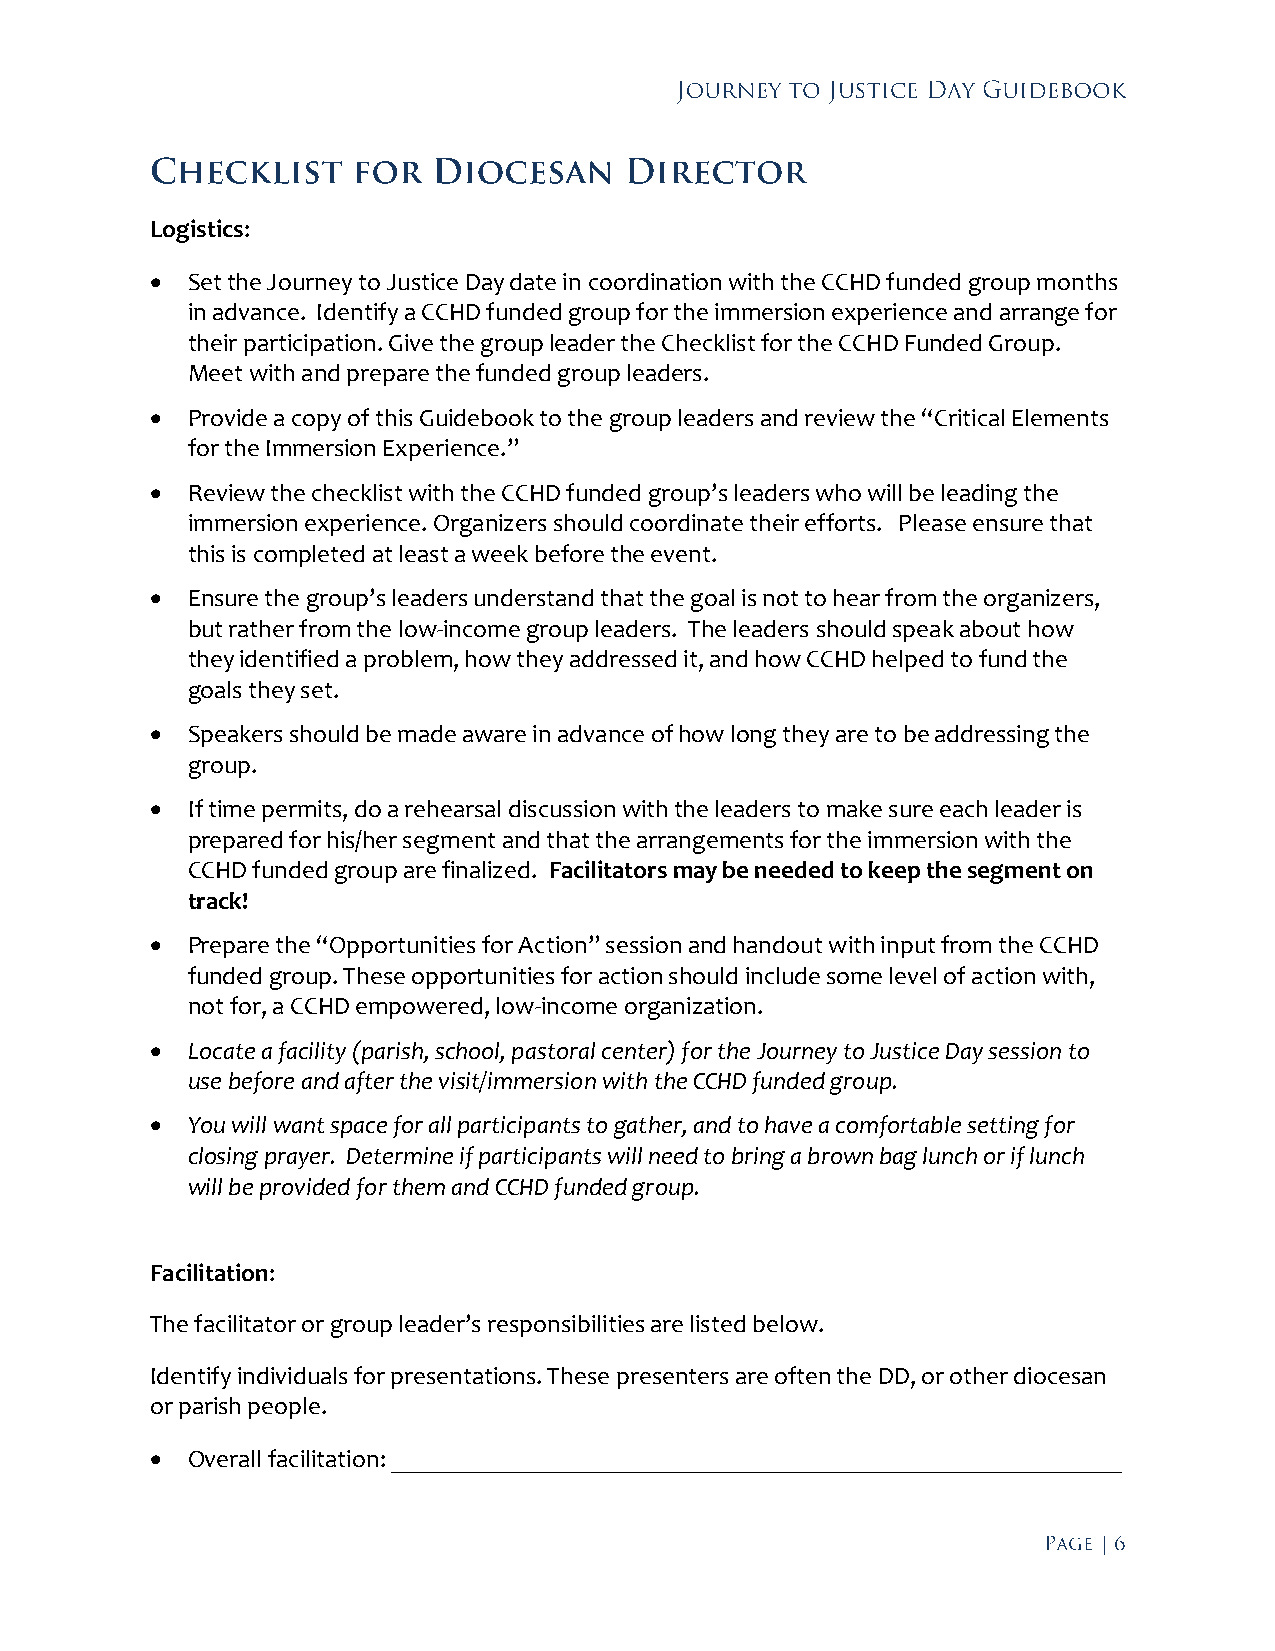
Logistics:
  Set the Journey to Justice Day date in coordination with the CCHD funded group months
 in advance. Identify a CCHD funded group for the immersion experience and arrange for
 their participation. Give the group leader the Checklist for the CCHD Funded Group.
 Meet with and prepare the funded group leaders.
  Provide a copy of this Guidebook to the group leaders and review the “Critical Elements
 for the Immersion Experience.”
  Review the checklist with the CCHD funded group’s leaders who will be leading the
 immersion experience. Organizers should coordinate their efforts. Please ensure that
 this is completed at least a week before the event.
  Ensure the group’s leaders understand that the goal is not to hear from the organizers,
 but rather from the low-income group leaders. The leaders should speak about how
 they identified a problem, how they addressed it, and how CCHD helped to fund the
 goals they set.
  Speakers should be made aware in advance of how long they are to be addressing the
 group.
  If time permits, do a rehearsal discussion with the leaders to make sure each leader is
 prepared for his/her segment and that the arrangements for the immersion with the
 CCHD funded group are finalized. Facilitators may be needed to keep the segment on
 track!
  Prepare the “Opportunities for Action” session and handout with input from the CCHD
 funded group. These opportunities for action should include some level of action with,
 not for, a CCHD empowered, low-income organization.
  Locate a facility (parish, school, pastoral center) for the Journey to Justice Day session to
 use before and after the visit/immersion with the CCHD funded group.
  You will want space for all participants to gather, and to have a comfortable setting for
 closing prayer. Determine if participants will need to bring a brown bag lunch or if lunch
 will be provided for them and CCHD funded group.
 Facilitation:
 The facilitator or group leader’s responsibilities are listed below.
 Identify individuals for presentations. These presenters are often the DD, or other diocesan
 or parish people.
  Overall facilitation: __________________________________________________________